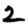
Digit: 2